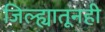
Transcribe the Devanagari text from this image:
जिल्ह्यातूनही